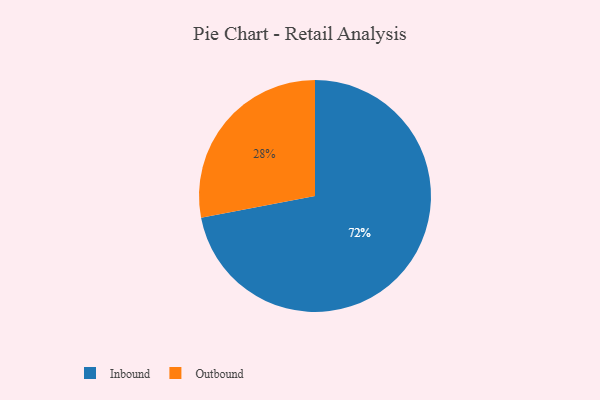
{"axis": {"x": "Category", "y": "Percentage"}, "legend": ["Inbound", "Outbound"], "data": [{"x": "Inbound", "y": 72, "type": "Inbound"}, {"x": "Outbound", "y": 28, "type": "Outbound"}]}